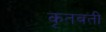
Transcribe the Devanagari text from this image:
कृतवती